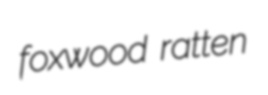
foxwood ratten